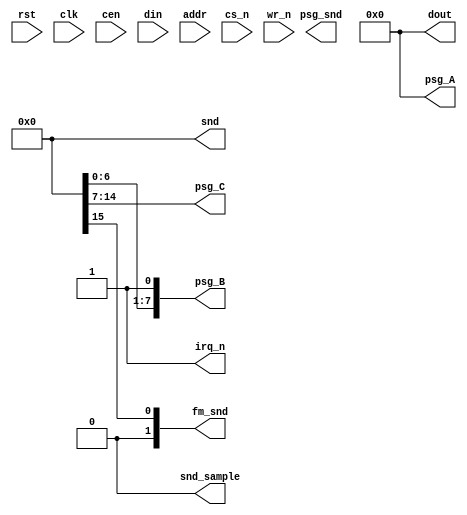
module jt03 (
    input           rst,        // rst should be at least 6 clk&cen cycles long
    input           clk,        // CPU clock
    input           cen,        // optional clock enable, it not needed leave as 1'b1
    input   [7:0]   din,
    input           addr,
    input           cs_n,
    input           wr_n,

    output  [7:0]   dout,
    output          irq_n,
    // Separated output
    output          [ 7:0] psg_A,
    output          [ 7:0] psg_B,
    output          [ 7:0] psg_C,
    output  signed  [15:0] fm_snd,
    // combined output
    output          [ 9:0] psg_snd,
    output  signed  [15:0]  snd,
    output          snd_sample
);

assign dout=8'd0, irq_n = 1'b1;
assign snd=16'd0;
assign snd_sample=1'b0;

reg last_wr_n;
reg [7:0] selection;


always @(posedge clk) if(cen) begin
    last_wr_n <= wr_n;
    if( !wr_n && last_wr_n && !cs_n ) begin
        if( !addr ) selection <= din;
        `ifdef DUMMY_PRINTALL
            if(  addr ) $display("%X, %X", selection, din );
        `else
            if(  addr && selection>=8'h20) $display("%X, %X", selection, din );
        `endif
    end
end

endmodule // jt12